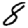
Digit: 8